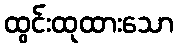
ထွင်းထုထားသော